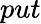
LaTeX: put